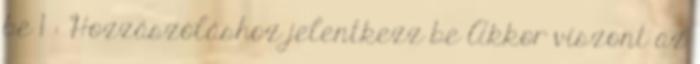
be 1 : Hozzászóláshoz jelentkezz be Akkor viszont az